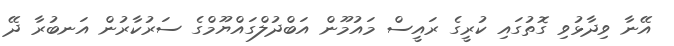
އޭނާ ވިދާޅުވި ގޮތުގައި ކުރީގެ ރައީސް މައުމޫން އަބްދުލްގައްޔޫމްގެ ސަރުކާރުން އަނބުރާ ދޭ